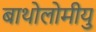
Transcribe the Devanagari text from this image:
बाथोलोमीयु